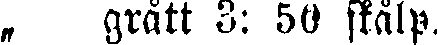
„ grått 3: 50 skålp.